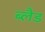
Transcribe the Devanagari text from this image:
ब्लैड